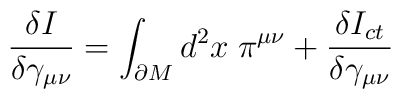
\frac{\delta I}{\delta \gamma _{\mu \nu }}=\int_{\partial M}d^{2}x\;\pi^{\mu \nu }+\frac{\delta I_{ct}}{\delta \gamma _{\mu \nu }}